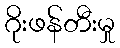
ဂိုးဖန်တီးမှု